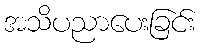
အသိပညာပေးခြင်း